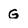
Character: G